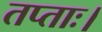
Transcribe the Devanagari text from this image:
तप्ताः।